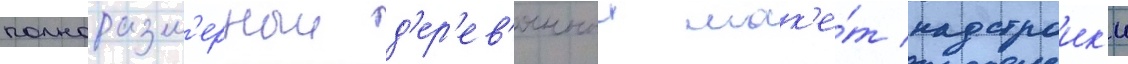
полноразм'ерныи д'ер'ев'янныи мак'е́т надстроик'и